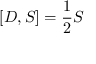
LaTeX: [ D , S ] = { \frac { 1 } { 2 } } S